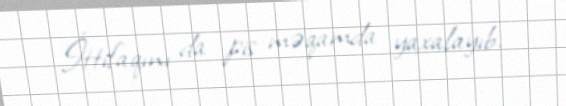
İttifaqını da pis məqamda yaxalayıb.